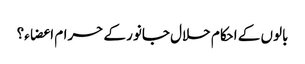
بالوں کے احکام حلال جانور کے حرام اعضاء؟